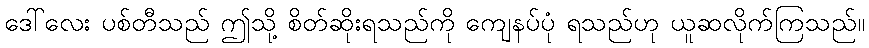
ဒေါ်လေး ပစ်တီသည် ဤသို့ စိတ်ဆိုးရသည်ကို ကျေနပ်ပုံ ရသည်ဟု ယူဆလိုက်ကြသည်။